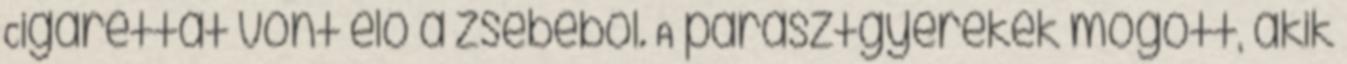
Cigarettát vont elő a zsebéből. A parasztgyerekek mögött, akik